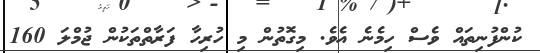
ކުންފުނިތައް ވެސް ހިމެނެ އެވެ. މިގޮތުން މި ހުރިހާ ފަރާތްތަކުން ޖުމްލަ 160